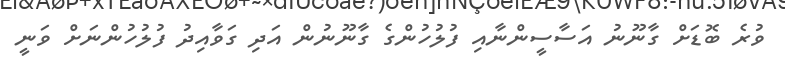
ވުރެ ބޮޑަށް ގާނޫނު އަސާސީންނާއި ފުލުހުންގެ ގާނޫނުން އަދި ގަވާއިދު ފުލުހުންނަށް ވަނީ